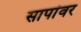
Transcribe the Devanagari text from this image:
सापांवर